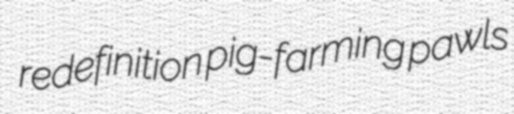
redefinition pig-farming pawls